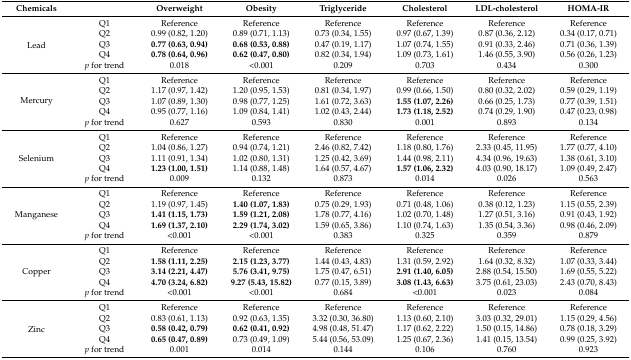
<table><thead><tr><td><b>Chemicals</b></td><td></td><td><b>Overweight</b></td><td><b>Obesity</b></td><td><b>Triglyceride</b></td><td><b>Cholesterol</b></td><td><b>LDL-cholesterol</b></td><td><b>HOMA-IR</b></td></tr></thead><tbody><tr><td rowspan="5">Lead</td><td>Q1</td><td>Reference</td><td>Reference</td><td>Reference</td><td>Reference</td><td>Reference</td><td>Reference</td></tr><tr><td>Q2</td><td>0.99 (0.82, 1.20)</td><td>0.89 (0.71, 1.13)</td><td>0.73 (0.34, 1.55)</td><td>0.97 (0.67, 1.39)</td><td>0.87 (0.36, 2.12)</td><td>0.34 (0.17, 0.71)</td></tr><tr><td>Q3</td><td><b>0.77 (0.63, 0.94)</b></td><td><b>0.68 (0.53, 0.88)</b></td><td>0.47 (0.19, 1.17)</td><td>1.07 (0.74, 1.55)</td><td>0.91 (0.33, 2.46)</td><td>0.71 (0.36, 1.39)</td></tr><tr><td>Q4</td><td><b>0.78 (0.64, 0.96)</b></td><td><b>0.62 (0.47, 0.80)</b></td><td>0.82 (0.34, 1.94)</td><td>1.09 (0.73, 1.61)</td><td>1.46 (0.55, 3.90)</td><td>0.56 (0.26, 1.23)</td></tr><tr><td><i>p</i> for trend</td><td>0.018</td><td>&lt;0.001</td><td>0.209</td><td>0.703</td><td>0.434</td><td>0.300</td></tr><tr><td rowspan="5">Mercury</td><td>Q1</td><td>Reference</td><td>Reference</td><td>Reference</td><td>Reference</td><td>Reference</td><td>Reference</td></tr><tr><td>Q2</td><td>1.17 (0.97, 1.42)</td><td>1.20 (0.95, 1.53)</td><td>0.81 (0.34, 1.97)</td><td>0.99 (0.66, 1.50)</td><td>0.80 (0.32, 2.02)</td><td>0.59 (0.29, 1.19)</td></tr><tr><td>Q3</td><td>1.07 (0.89, 1.30)</td><td>0.98 (0.77, 1.25)</td><td>1.61 (0.72, 3.63)</td><td><b>1.55 (1.07, 2.26)</b></td><td>0.66 (0.25, 1.73)</td><td>0.77 (0.39, 1.51)</td></tr><tr><td>Q4</td><td>0.95 (0.77, 1.16)</td><td>1.09 (0.84, 1.41)</td><td>1.02 (0.43, 2.44)</td><td><b>1.73 (1.18, 2.52)</b></td><td>0.74 (0.29, 1.90)</td><td>0.47 (0.23, 0.98)</td></tr><tr><td><i>p</i> for trend</td><td>0.627</td><td>0.593</td><td>0.830</td><td>0.001</td><td>0.893</td><td>0.134</td></tr><tr><td rowspan="5">Selenium</td><td>Q1</td><td>Reference</td><td>Reference</td><td>Reference</td><td>Reference</td><td>Reference</td><td>Reference</td></tr><tr><td>Q2</td><td>1.04 (0.86, 1.27)</td><td>0.94 (0.74, 1.21)</td><td>2.46 (0.82, 7.42)</td><td>1.18 (0.80, 1.76)</td><td>2.33 (0.45, 11.95)</td><td>1.77 (0.77, 4.10)</td></tr><tr><td>Q3</td><td>1.11 (0.91, 1.34)</td><td>1.02 (0.80, 1.31)</td><td>1.25 (0.42, 3.69)</td><td>1.44 (0.98, 2.11)</td><td>4.34 (0.96, 19.63)</td><td>1.38 (0.61, 3.10)</td></tr><tr><td>Q4</td><td><b>1.23 (1.00, 1.51)</b></td><td>1.14 (0.88, 1.48)</td><td>1.64 (0.57, 4.67)</td><td><b>1.57 (1.06, 2.32)</b></td><td>4.03 (0.90, 18.17)</td><td>1.09 (0.49, 2.47)</td></tr><tr><td><i>p</i> for trend</td><td>0.009</td><td>0.132</td><td>0.873</td><td>0.014</td><td>0.026</td><td>0.563</td></tr><tr><td rowspan="5">Manganese</td><td>Q1</td><td>Reference</td><td>Reference</td><td>Reference</td><td>Reference</td><td>Reference</td><td>Reference</td></tr><tr><td>Q2</td><td>1.19 (0.97, 1.45)</td><td><b>1.40 (1.07, 1.83)</b></td><td>0.75 (0.29, 1.93)</td><td>0.71 (0.48, 1.06)</td><td>0.38 (0.12, 1.23)</td><td>1.15 (0.55, 2.39)</td></tr><tr><td>Q3</td><td><b>1.41 (1.15, 1.73)</b></td><td><b>1.59 (1.21, 2.08)</b></td><td>1.78 (0.77, 4.16)</td><td>1.02 (0.70, 1.48)</td><td>1.27 (0.51, 3.16)</td><td>0.91 (0.43, 1.92)</td></tr><tr><td>Q4</td><td><b>1.69 (1.37, 2.10)</b></td><td><b>2.29 (1.74, 3.02)</b></td><td>1.59 (0.65, 3.86)</td><td>1.10 (0.74, 1.63)</td><td>1.35 (0.54, 3.36)</td><td>0.98 (0.46, 2.09)</td></tr><tr><td><i>p</i> for trend</td><td>&lt;0.001</td><td>&lt;0.001</td><td>0.383</td><td>0.325</td><td>0.359</td><td>0.879</td></tr><tr><td rowspan="5">Copper</td><td>Q1</td><td>Reference</td><td>Reference</td><td>Reference</td><td>Reference</td><td>Reference</td><td>Reference</td></tr><tr><td>Q2</td><td><b>1.58 (1.11, 2.25)</b></td><td><b>2.15 (1.23, 3.77)</b></td><td>1.44 (0.43, 4.83)</td><td>1.31 (0.59, 2.92)</td><td>1.64 (0.32, 8.32)</td><td>1.07 (0.33, 3.44)</td></tr><tr><td>Q3</td><td><b>3.14 (2.21, 4.47)</b></td><td><b>5.76 (3.41, 9.75)</b></td><td>1.75 (0.47, 6.51)</td><td><b>2.91 (1.40, 6.05)</b></td><td>2.88 (0.54, 15.50)</td><td>1.69 (0.55, 5.22)</td></tr><tr><td>Q4</td><td><b>4.70 (3.24, 6.82)</b></td><td><b>9.27 (5.43, 15.82)</b></td><td>0.77 (0.15, 3.89)</td><td><b>3.08 (1.43, 6.63)</b></td><td>3.75 (0.61, 23.03)</td><td>2.43 (0.70, 8.43)</td></tr><tr><td><i>p</i> for trend</td><td>&lt;0.001</td><td>&lt;0.001</td><td>0.684</td><td>&lt;0.001</td><td>0.023</td><td>0.084</td></tr><tr><td rowspan="5">Zinc</td><td>Q1</td><td>Reference</td><td>Reference</td><td>Reference</td><td>Reference</td><td>Reference</td><td>Reference</td></tr><tr><td>Q2</td><td>0.83 (0.61, 1.13)</td><td>0.92 (0.63, 1.35)</td><td>3.32 (0.30, 36.80)</td><td>1.13 (0.60, 2.10)</td><td>3.03 (0.32, 29.01)</td><td>1.15 (0.29, 4.56)</td></tr><tr><td>Q3</td><td><b>0.58 (0.42, 0.79)</b></td><td><b>0.62 (0.41, 0.92)</b></td><td>4.98 (0.48, 51.47)</td><td>1.17 (0.62, 2.22)</td><td>1.50 (0.15, 14.86)</td><td>0.78 (0.18, 3.29)</td></tr><tr><td>Q4</td><td><b>0.65 (0.47, 0.89)</b></td><td>0.73 (0.49, 1.09)</td><td>5.44 (0.56, 53.09)</td><td>1.25 (0.67, 2.36)</td><td>1.41 (0.15, 13.54)</td><td>0.99 (0.25, 3.92)</td></tr><tr><td><i>p</i> for trend</td><td>0.001</td><td>0.014</td><td>0.144</td><td>0.106</td><td>0.760</td><td>0.923</td></tr></tbody></table>